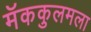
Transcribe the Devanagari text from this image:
मॅककुलमला